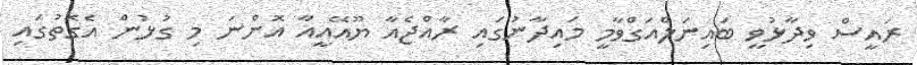
ރައީސް ވިދާޅުވީ ބައިނަލްއަގްވާމީ މައިދާނުގައި ރާއްޖެއާ ޔޫއޭއީއާ އޮންނަ މި ގުޅުން އެގޮތުގައި